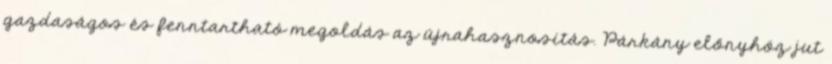
gazdaságos és fenntartható megoldás az újrahasznosítás. Párkány előnyhöz jut